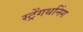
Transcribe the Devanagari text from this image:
स्ट्रेंगथनिंग